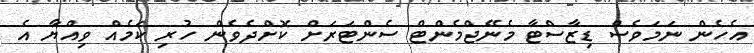
އެހެން ނަމަވެސް ޑިޒާސްޓާ މެނޭޖްމެންޓް ސެންޓަރަށް ކޮށްދެވެން ހުރި ކަމެއް ވިއްޔާ އެ